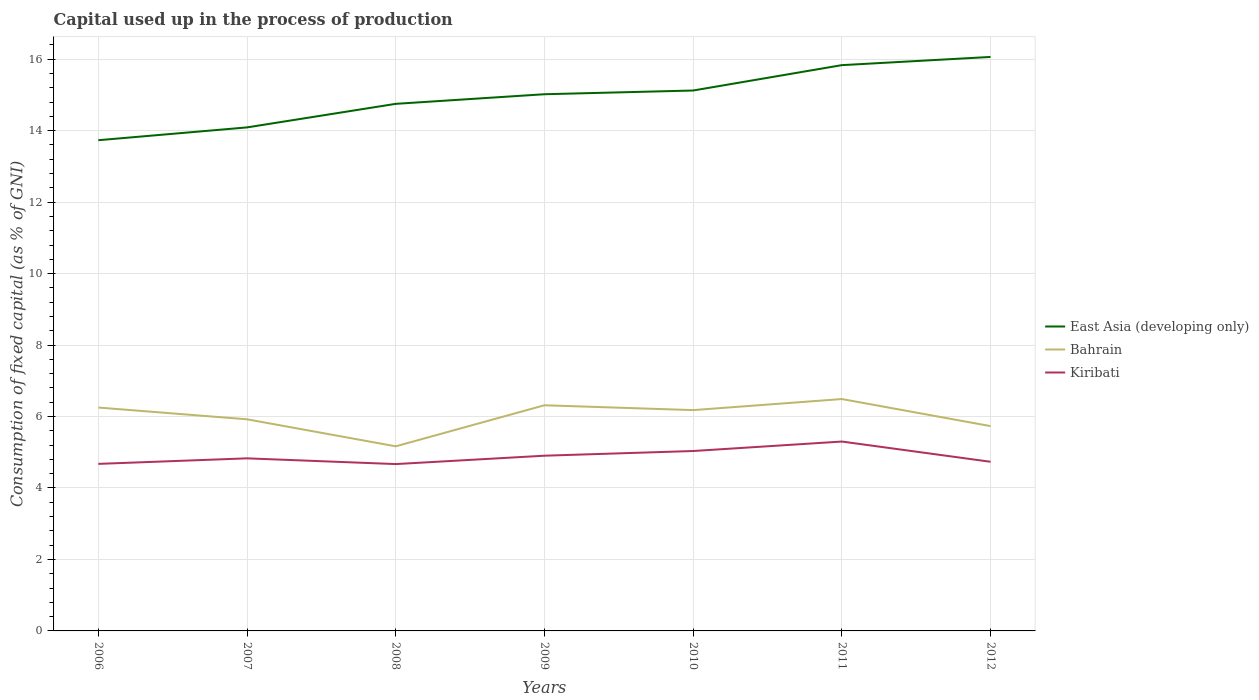
| Years | East Asia (developing only) | Bahrain | Kiribati |
 | --- | --- | --- | --- |
 | 2006 | 13.7 | 6.25 | 4.68 |
 | 2007 | 14.1 | 5.92 | 4.83 |
 | 2008 | 14.8 | 5.17 | 4.67 |
 | 2009 | 15 | 6.32 | 4.9 |
 | 2010 | 15.1 | 6.18 | 5.03 |
 | 2011 | 15.8 | 6.49 | 5.3 |
 | 2012 | 16.1 | 5.73 | 4.73 |